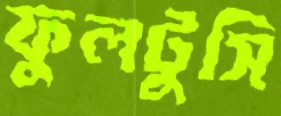
ফুলটুসি